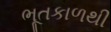
ભૂતકાળથી